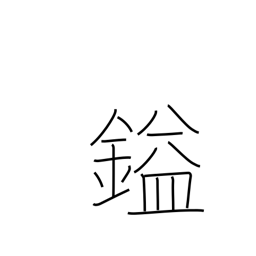
Meaning: unit of weight